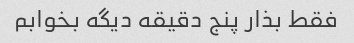
فقط بذار پنج دقیقه دیگه بخوابم